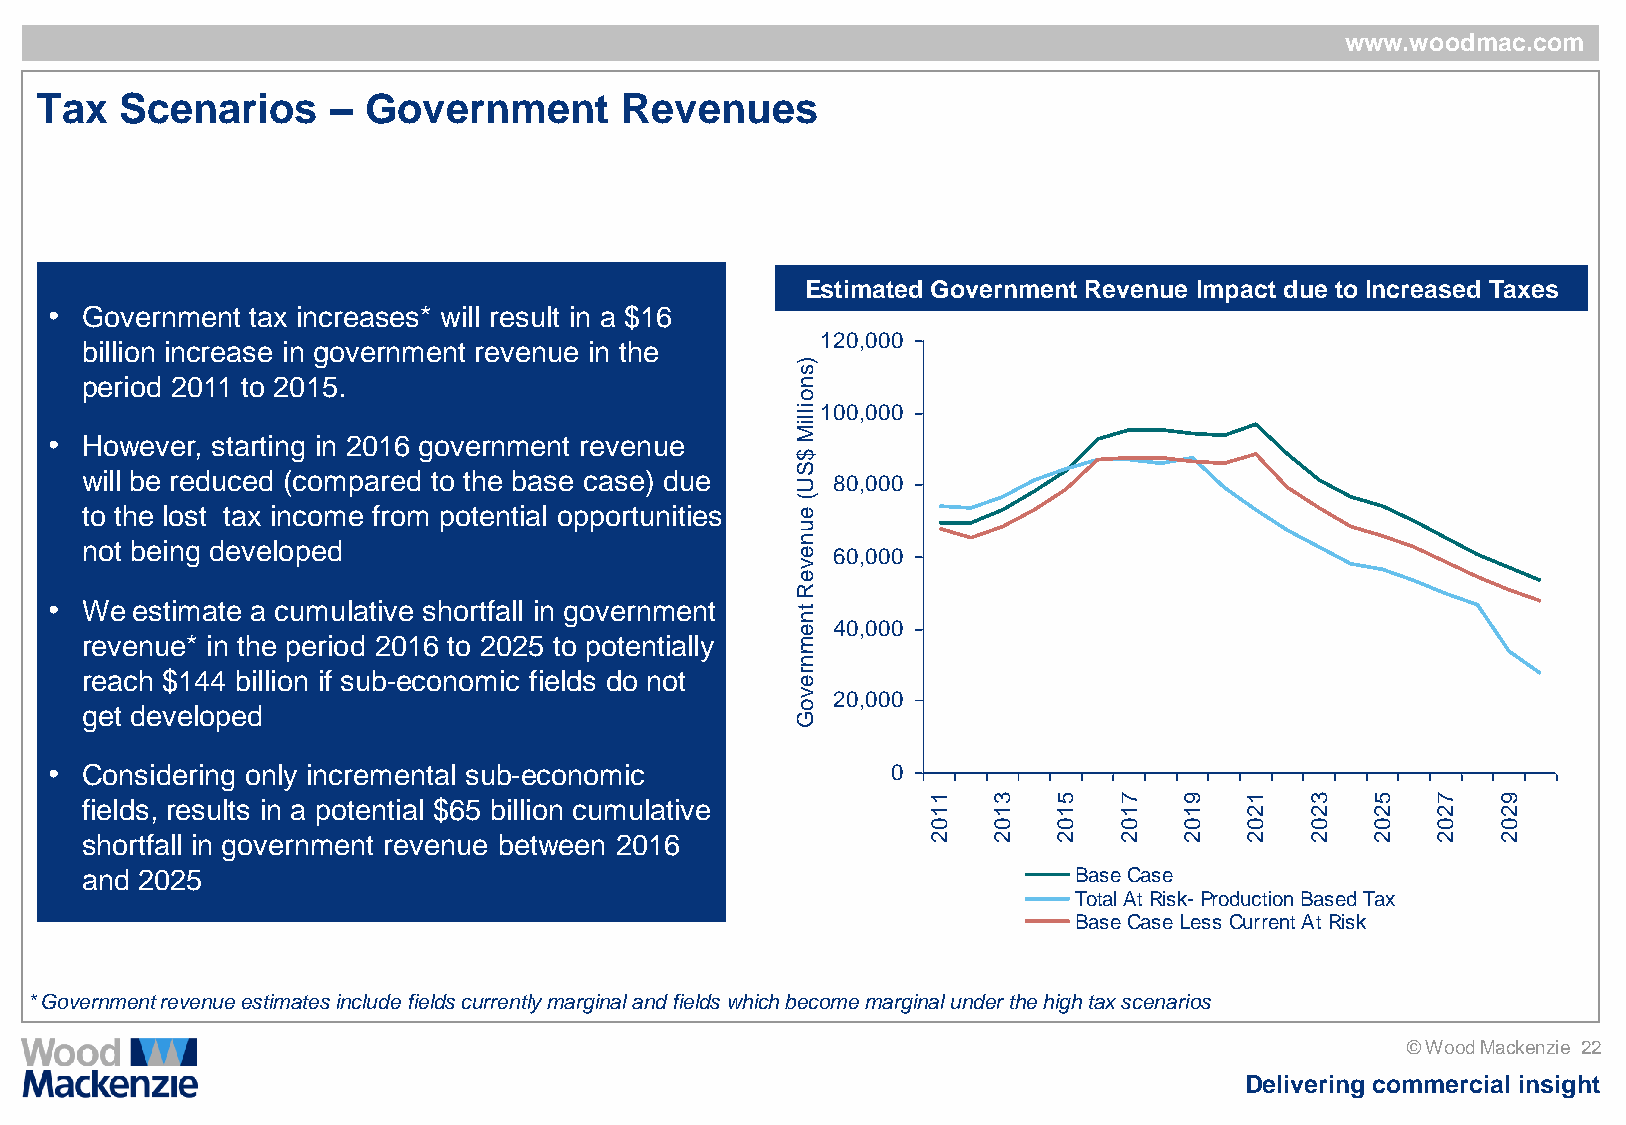
www.woodmac.com
 Tax   Scenarios     – Government       Revenues
 Estimated Government Revenue Impact due to Increased Taxes
 • Government  tax increases* will result in a $16
 120,000
 billion increase in government revenue in the
 )
 s
 period 2011 to 2015.                            n
 o
 illiM100,000
 • However, starting in 2016 government revenue
 $
 S
 will be reduced (compared to the base case) due U 80,000
 (
 to the lost tax income from potential opportunities e
 u
 n
 not being developed                             e 60,000
 v
 e
 R
 • We  estimate a cumulative shortfall in government t
 n
 e 40,000
 revenue* in the period 2016 to 2025 to potentially m
 n
 reach $144 billion if sub-economic fields do not r
 e
 v 20,000
 get developed                                   o
 G
 • Considering only incremental sub-economic             0
 fields, results in a potential $65 billion cumulative   1    3   5   7   9   1    3   5   7   9
 1    1   1   1   1   2    2   2   2   2
 0    0   0   0   0   0    0   0   0   0
 shortfall in government revenue between 2016            2    2   2   2   2   2    2   2   2   2
 and 2025                                                          Base Case
 Total At Risk- Production Based Tax
 Base Case Less Current At Risk
 * Government revenue estimates include fields currently marginal and fields which become marginal under the high tax scenarios
 © Wood Mackenzie 22
 Delivering commercial insight